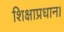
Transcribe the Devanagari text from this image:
शिक्षाप्रधान।